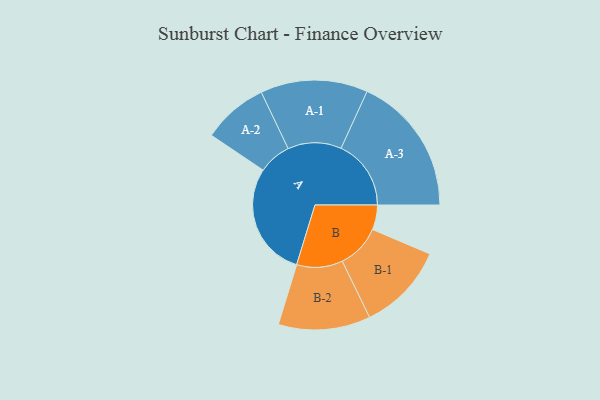
{"axis": {"x": "Segment", "y": "Value"}, "legend": ["", "A", "B"], "data": [{"x": "A", "y": 482, "type": ""}, {"x": "B", "y": 104, "type": ""}, {"x": "A-1", "y": 226, "type": "A"}, {"x": "A-2", "y": 138, "type": "A"}, {"x": "A-3", "y": 295, "type": "A"}, {"x": "B-1", "y": 185, "type": "B"}, {"x": "B-2", "y": 194, "type": "B"}]}